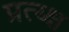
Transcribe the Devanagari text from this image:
प्रत्य्क्ष